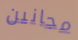
مجانين